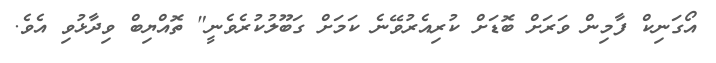
އޯގަނިކް ފާމިން ވަރަށް ބޮޑަށް ކުރިއެރުވޭނެ ކަމަށް ގަބޫލުކުރެވެނީ" ތޮއްޔިބް ވިދާޅުވި އެވެ.